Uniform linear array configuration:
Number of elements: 16
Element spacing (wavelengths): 0.5
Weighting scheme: binomial
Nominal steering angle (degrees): -45
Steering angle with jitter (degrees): -45.45
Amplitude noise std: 0.05
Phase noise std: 0.05

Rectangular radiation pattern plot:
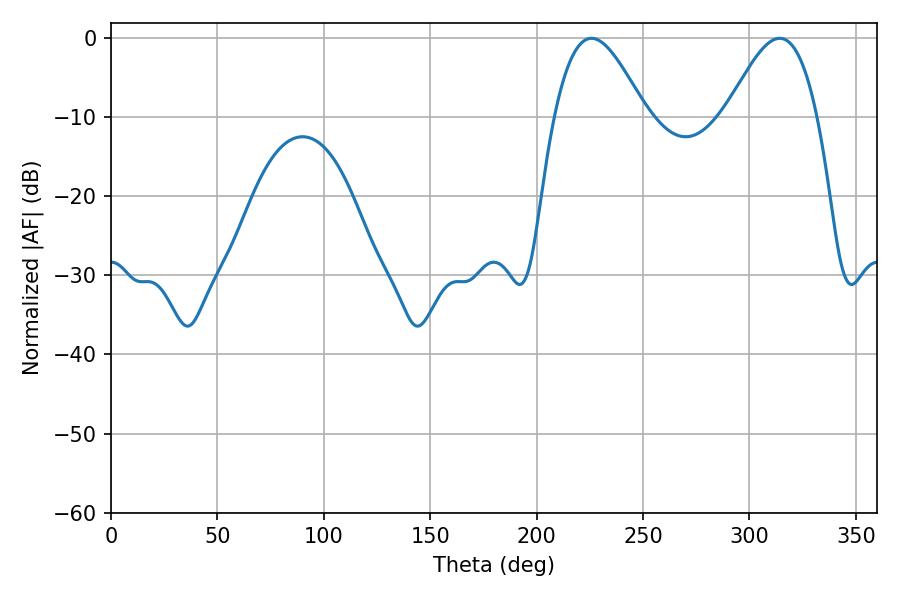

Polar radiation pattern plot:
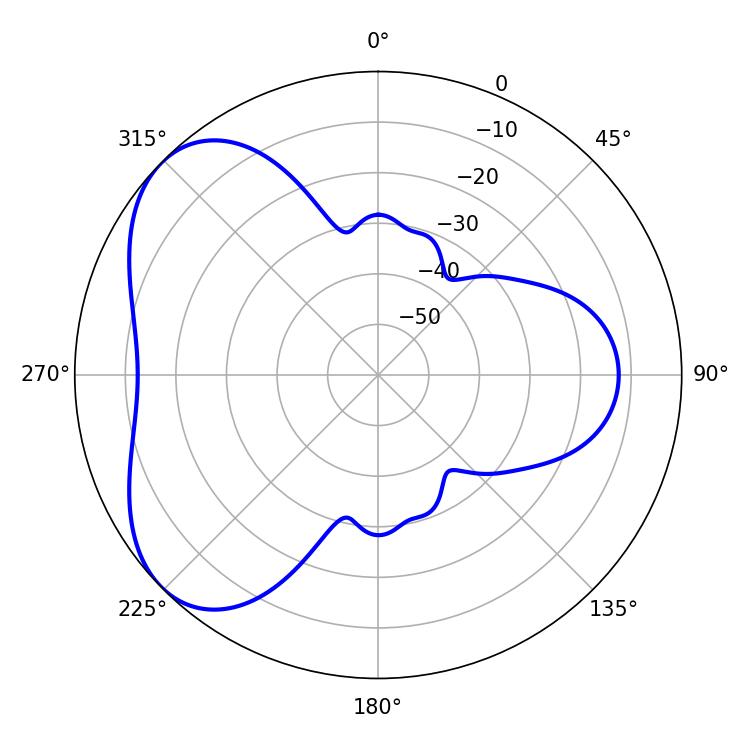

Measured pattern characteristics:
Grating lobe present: FALSE
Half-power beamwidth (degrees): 23.04
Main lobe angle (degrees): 225.72